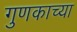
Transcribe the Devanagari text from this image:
गुणकाच्या